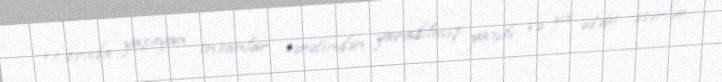
və orada yaşayan insanlar tərəfindən yaradılmış yazılı və ya ədəbi əsərlər.